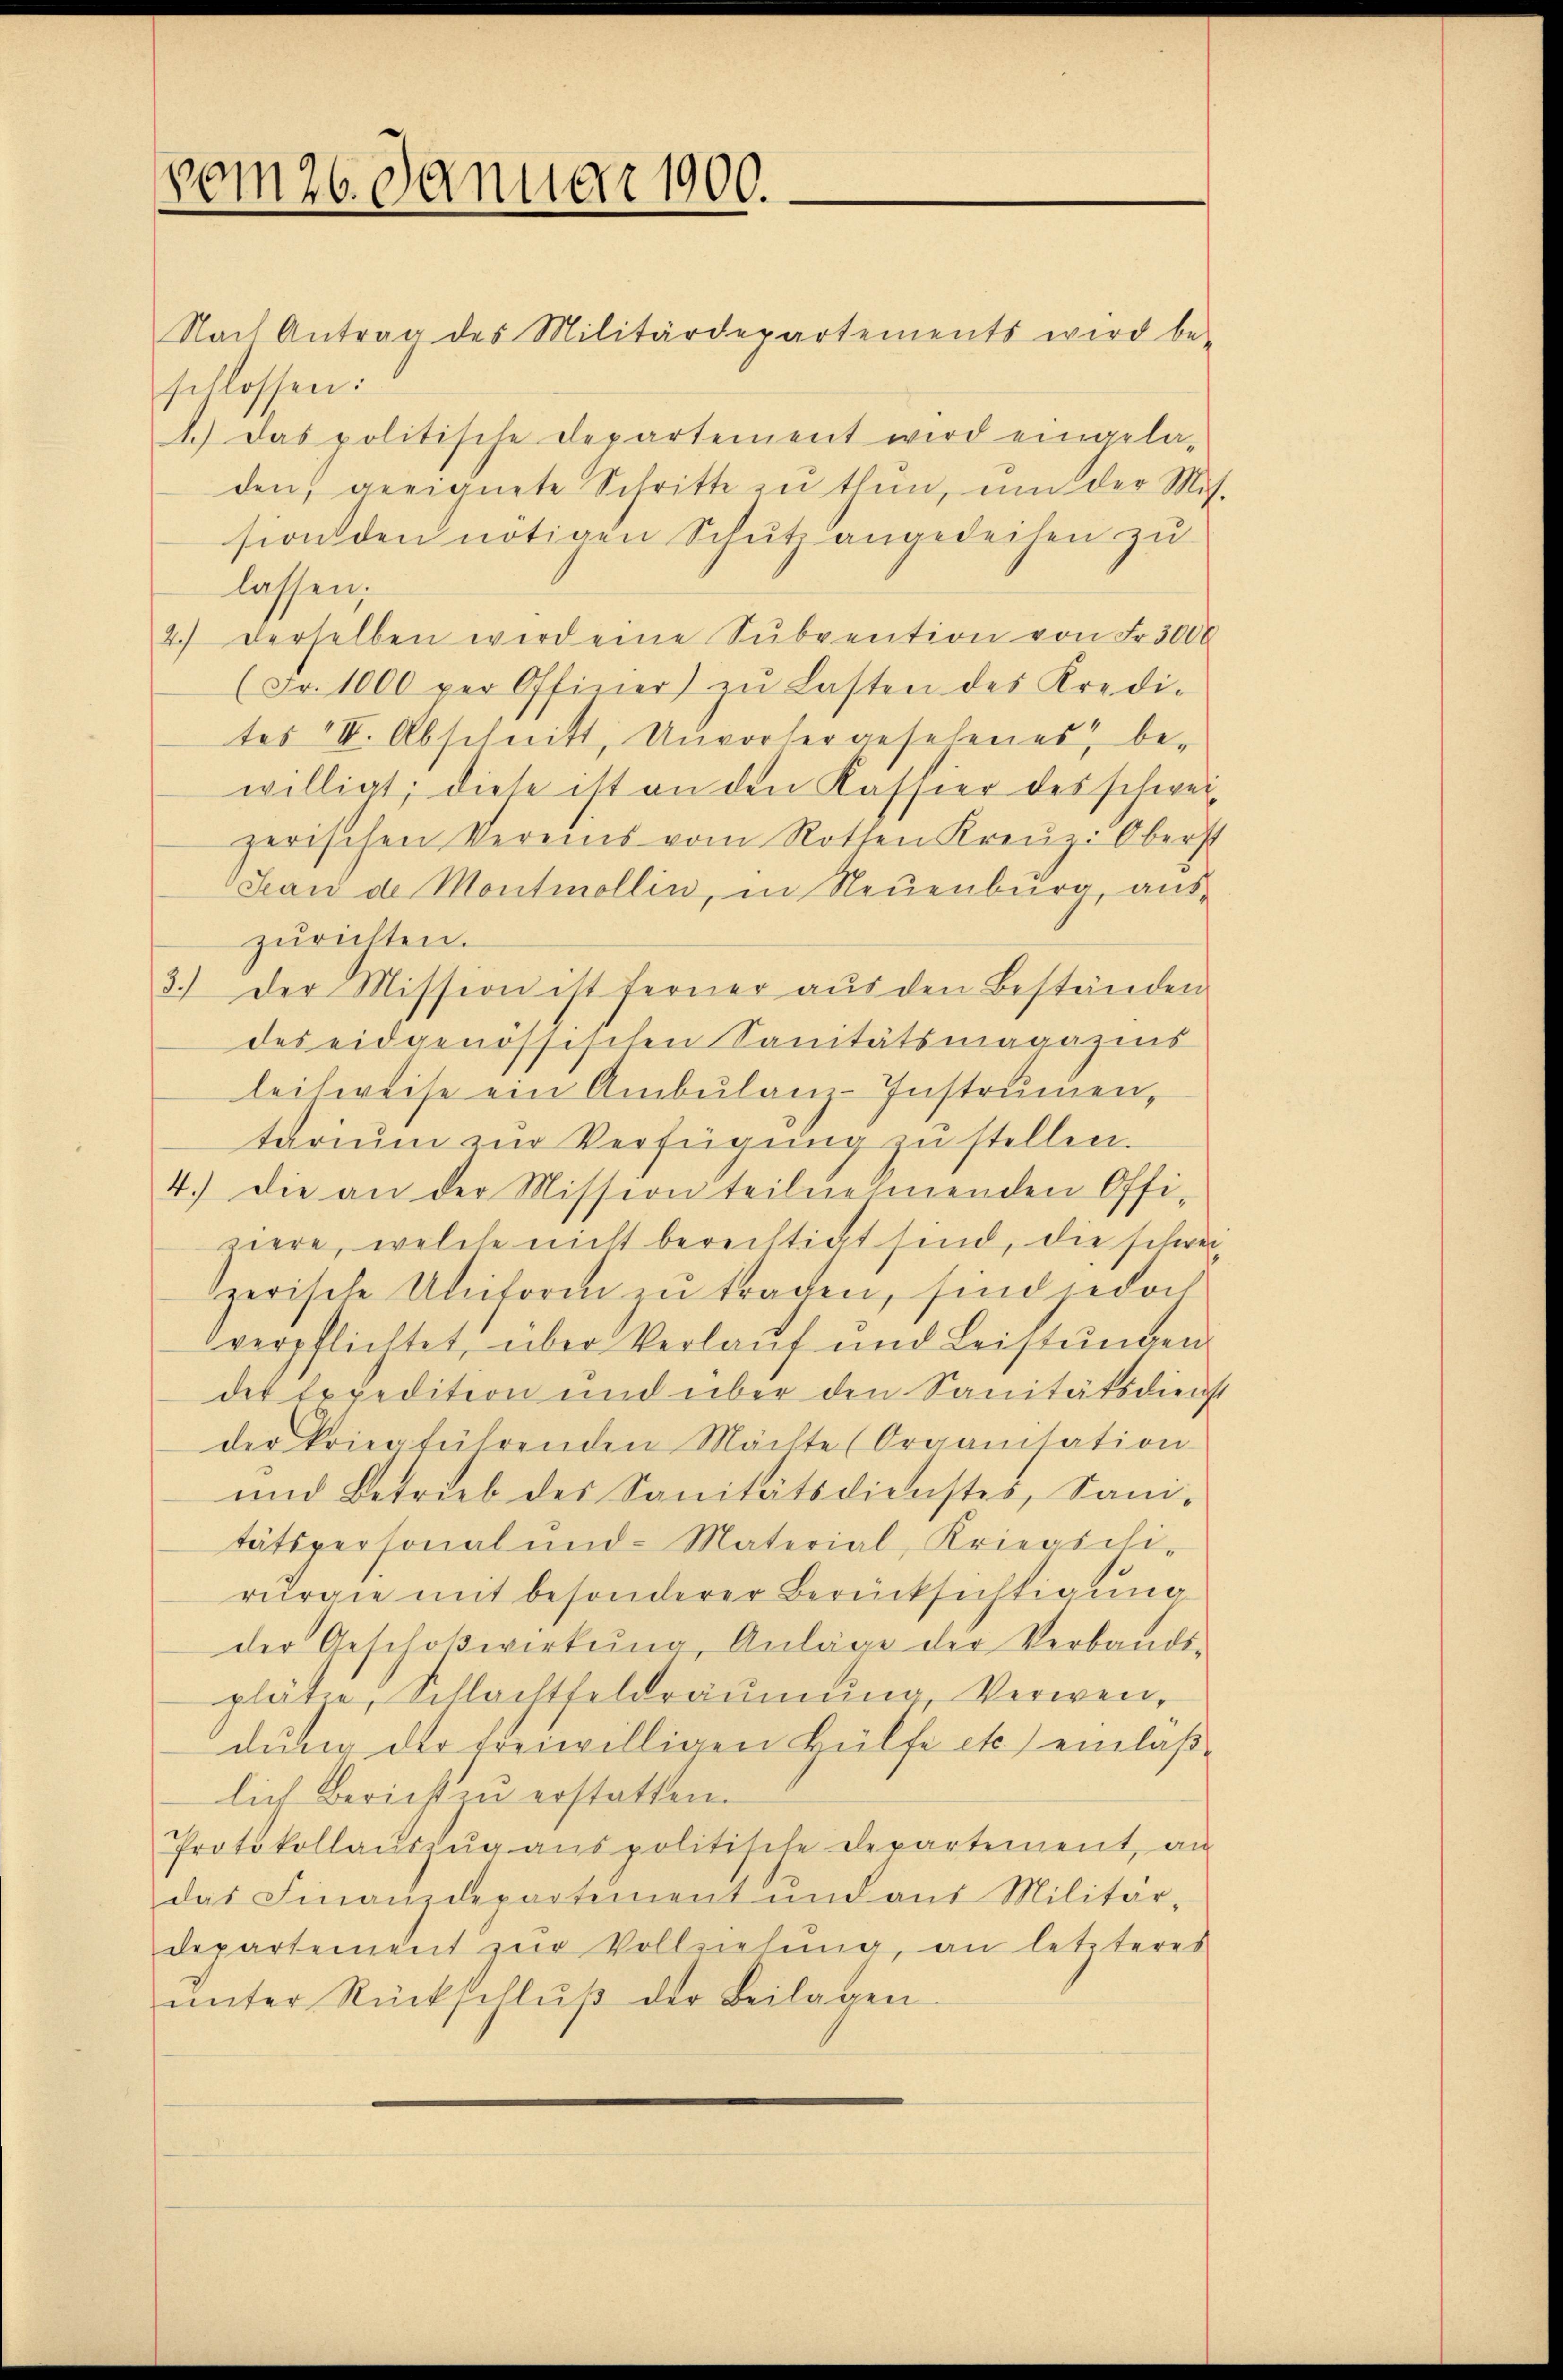
vom 26. Januar 1900.

Nach Antrag des Militärdepartements wird be-
schlossen:
1.) Das politische Departement wird eingela-
den, geeignete Schritte zu thun, um der Mit-
sion den nötigen Schutz angedeihen zu
lassen;
4.) Derselben wird eine Sŭbvention von Fr. 3000
(Fr. 1000 per Offiner zŭ Lasten des Kredi-
tes II. Abschnitt, Unvorhergesehenes, be-
willigt; diese ist an den Kassier des schweizerischen Vereins vom Rothen Kreŭz: Oberst
Jean de Montmollin, in Neuenburg, auszurichten.
3.) Der Mission ist ferner aŭs den Beständen
des eidgenössischen Sanitätsmagazins
leihweise ein Ambulanz-Instrumen,
tarium zur Verfügung zu stellen.
4.) Die an der Mission teilnehmenden Offi-
ciere, welche nicht berechtigt sind, die schwei
zerische Uniform zu tragen, sind jedoch
verpflichtet, über Verlauf und Leistŭngen
der Expedition und über den Sanitätsdienst
der kriegführenden Mächte (Organitation
und Betrieb des Sanitätsdienstes, Sani-
tätspersonal und Material, Kriegschi-
rurgie mit besonderer Berücksichtigung
der Geschoβwirkŭng Anlage der Verbands-
plätze, Schlachtfeldräŭmŭng Verwen-
dung der freiwilligen Hülfe etc.) einlaßlich Bericht zu erstatten.
Protokollaŭszŭg anspolitische Departement, an
das Finanzdepartement und aus Militär-
departement zur Vollziehung, an letzteres
ŭnter Rückschlŭβ der Beilagen.